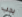
يجب